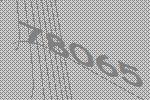
78065